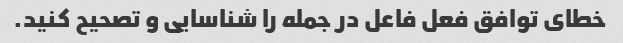
خطای توافق فعل فاعل در جمله را شناسایی و تصحیح کنید.